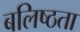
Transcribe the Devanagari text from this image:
बलिष्ठता